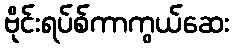
ဗိုင်းရပ်စ်ကာကွယ်ဆေး